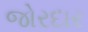
જોરદાર